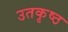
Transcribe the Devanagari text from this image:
उतकृष्ठ